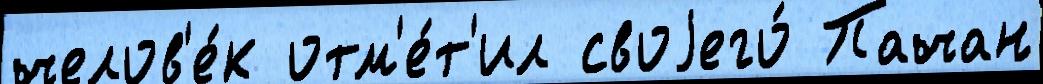
челов'е́к отм'е́т'ил своjего́ Пачан